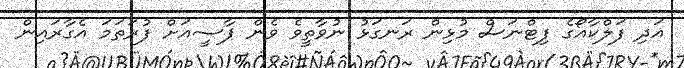
އަދި ފަލްކާއޯގެ ފިޓްނަސް މުޅިން ރަނގަޅު ނުވާތީވެ ވެން ޕާސީއަށް ފުރަތަމަ އެގާރައިން